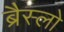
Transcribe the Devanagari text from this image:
ब्रैस्लो